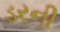
ડરની